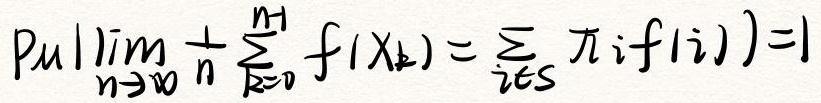
$\mu\left(\lim _{n \rightarrow \infty} \frac{1}{n} \sum_{k = 0}^{n - 1} f(X_{k})=\sum_{i \in S} \pi_{i} f(i)\right)=1$